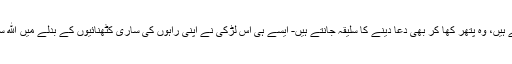
وہ جو نبی پاک کے وارث ہوتے ہیں، وہ پتھر کھا کر بھی دعا دینے کا سلیقہ جانتے ہیں- ایسے ہی اس لڑکی نے اپنی راہوں کی ساری کٹھنائیوں کے بدلے میں الله سے صرف الله ہی کو مانگ لیا !